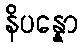
နိပန္နော